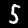
Digit: 5